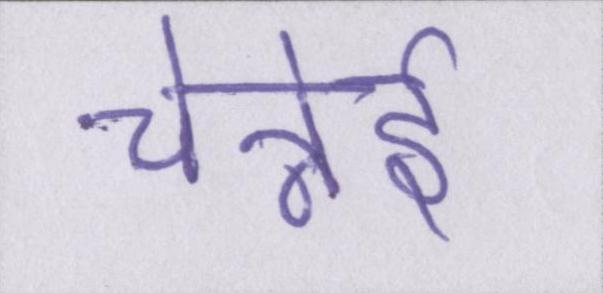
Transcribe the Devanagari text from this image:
चेन्नेई